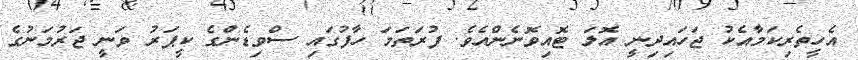
އެހީތެރިކަމާއެކު ޖަހައިދިނީ އޮލަ ޓޮއިވޮނެންއެވެ. ފުރަތަމަ ހާފުގައި ސްވިޑެންގެ ކީޕަރު ވަނީ ޖަރުމަނުގެ